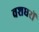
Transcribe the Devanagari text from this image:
वशधरों